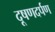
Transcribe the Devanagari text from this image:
दूषणदर्पण